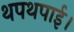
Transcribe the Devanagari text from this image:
थपथपाई।